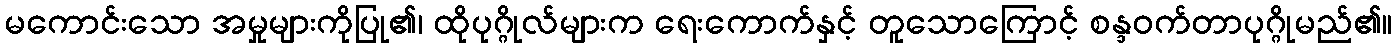
မကောင်းသော အမှုများကိုပြု၏၊ ထိုပုဂ္ဂိုလ်များက ရေးကောက်နှင့် တူသောကြောင့် စန္ဒဝက်တာပုဂ္ဂိုမည်၏။